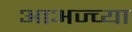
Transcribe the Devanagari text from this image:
आअज्च्या